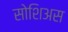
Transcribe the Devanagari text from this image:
सोशिअस